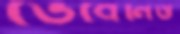
ভেবেনিও